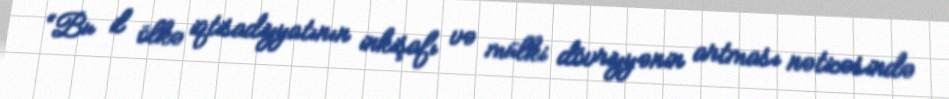
“Bu il ölkə iqtisadiyyatının inkişafı və mülki dövriyyənin artması nəticəsində